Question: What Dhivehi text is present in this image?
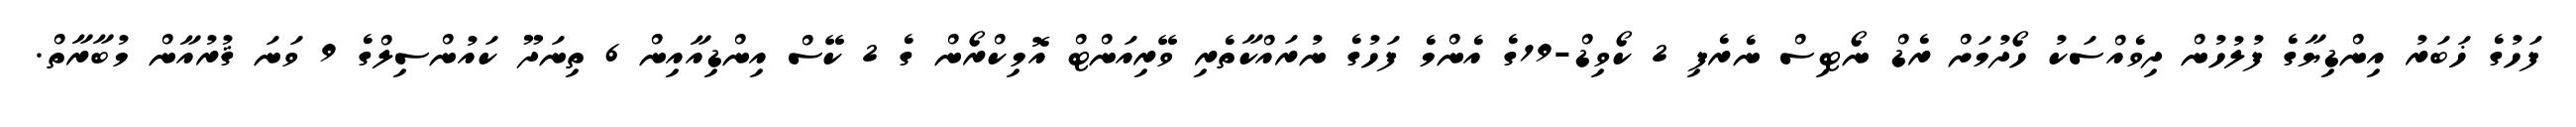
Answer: ފަހުގެ ޚަބަރު އިންޑިޔާގެ ފުލުހުން ދިވެއްސަކު ހޯދުމަށް ރެޑް ނޯޓިސް ނެރެފި 2 ކޯވިޑް-19ގެ އެންމެ ފަހުގެ ނުރައްކާތެރި ވޭރިއަންޓް އޮމިކްރޯން ގެ 2 ކޭސް އިންޑިއާއިން 6 ތިނަދޫ ކައުންސިލްގެ 9 ވަނަ ޤުރުއާން މުބާރާތް.